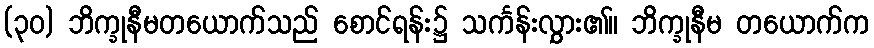
(၃၀) ဘိက္ခုနီမတယောက်သည် စောင်ရန်း၌ သင်္ကန်းလွှား၏။ ဘိက္ခုနီမ တယောက်က